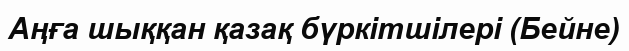
Аңға шыққан қазақ бүркітшілері (Бейне)